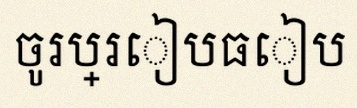
ចូរប្រៀបធៀប